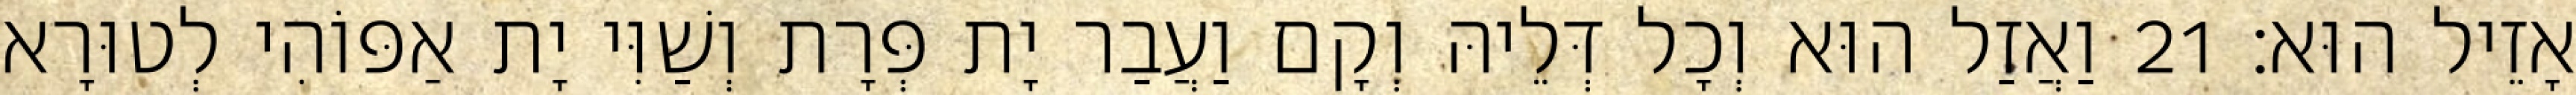
אָזֵיל הוּא׃ 21 וַאֲזַל הוּא וְכָל דְּלֵיהּ וְקָם וַעֲבַר יָת פְּרָת וְשַׁוִּי יָת אַפּוֹהִי לְטוּרָא